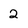
Character: 2